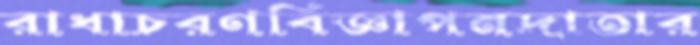
রাধাচরণবিজ্ঞাপনদাতার